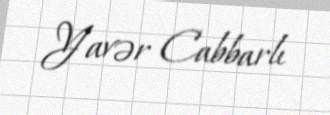
Yavər Cabbarlı